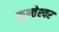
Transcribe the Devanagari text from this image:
कुन्‍तेश्‍वर